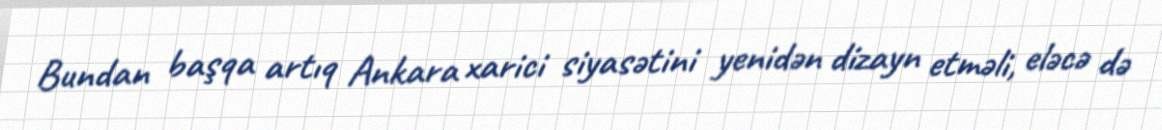
Bundan başqa artıq Ankara xarici siyasətini yenidən dizayn etməli, eləcə də